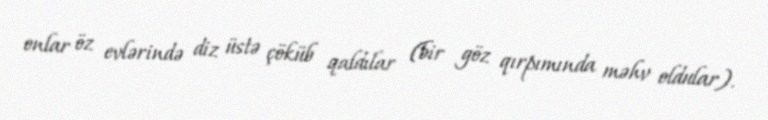
onlar öz evlərində diz üstə çöküb qaldılar (bir göz qırpımında məhv oldular).